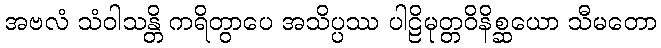
အဗလံ သံဝါသန္တိ ကရိတွာပေ အသိပ္ပဿ ပါဠိမုတ္တဝိနိစ္ဆယော သီမတော